65_HS1-834228961_62-HQ-83894_Serial_164
Agency: FBI
Page 78
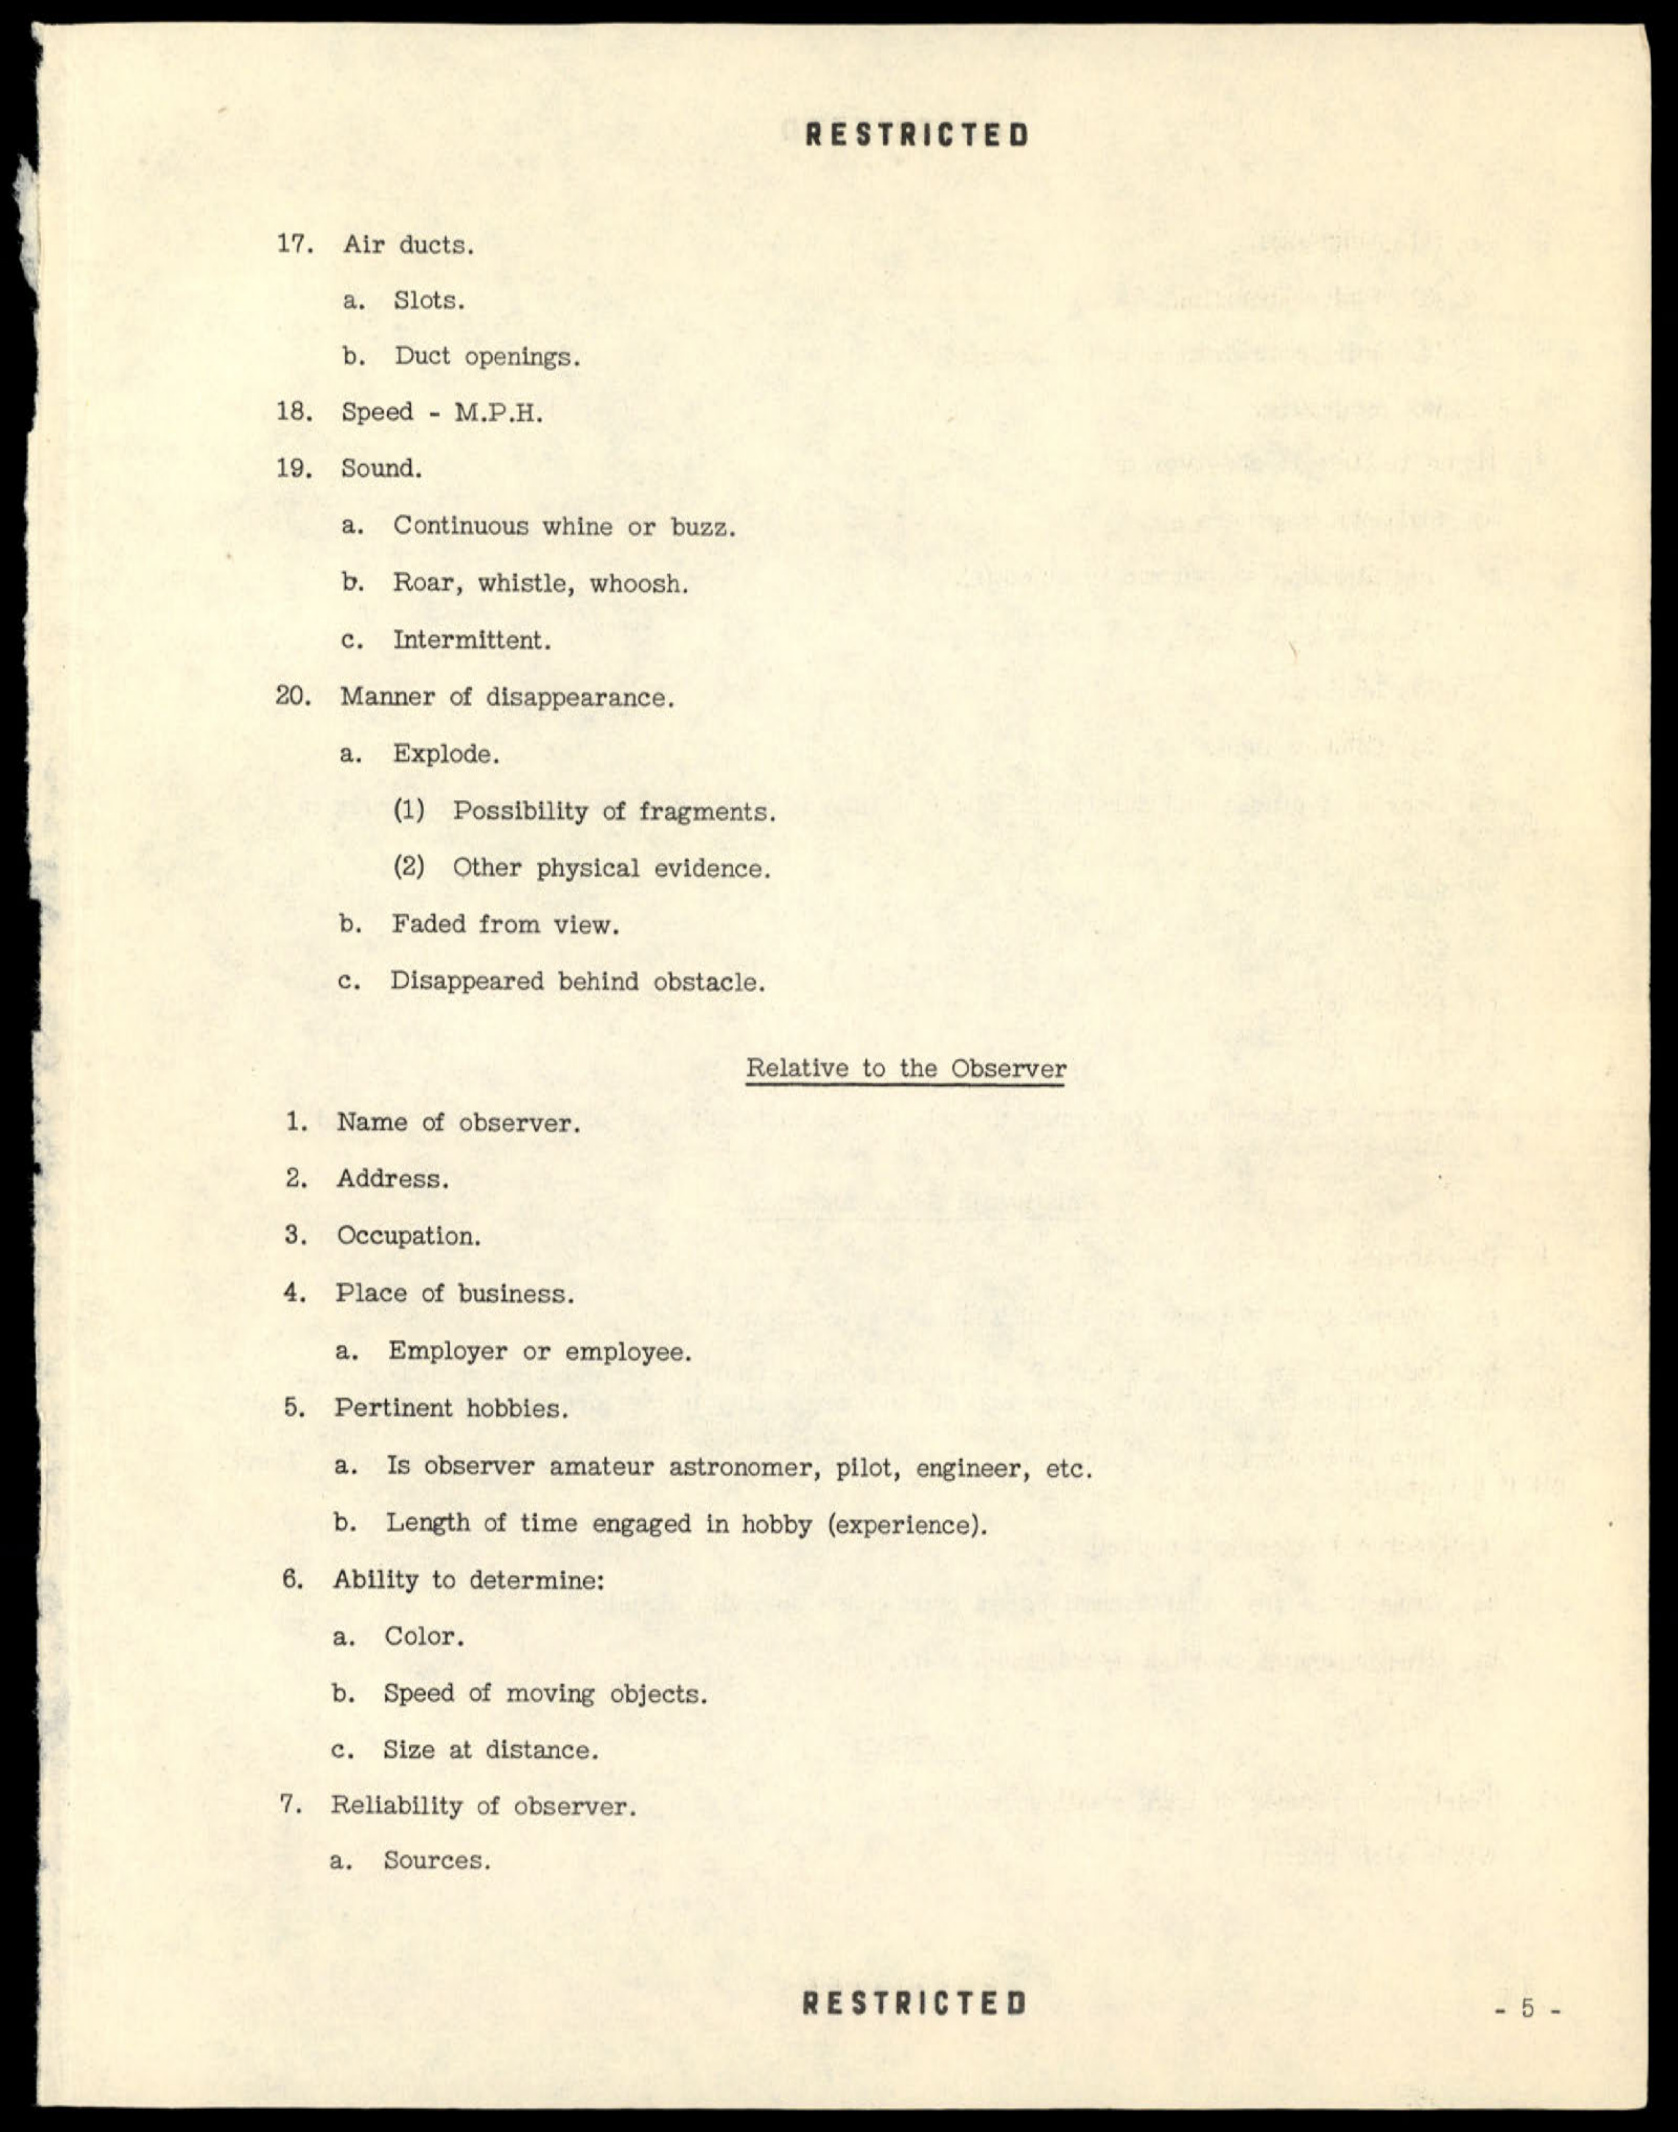